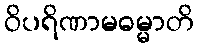
ဝိပရိဏာမဓမ္မာတိ